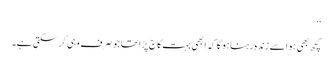
‘‘
کچھ بھی ہو اسے زندہ رہنا ہو گا کہ ابھی بہت کاج پڑا تھا جو صرف وہی کرسکتی ہے۔